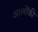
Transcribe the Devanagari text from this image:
आलोंकी